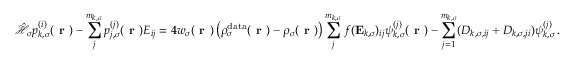
\hat { \mathcal { { H } } } _ { \sigma } p _ { k , \sigma } ^ { ( i ) } ( \boldsymbol { \textbf { r } } ) - \sum _ { j } ^ { m _ { k , \sigma } } p _ { j , \sigma } ^ { ( j ) } ( \boldsymbol { \textbf { r } } ) E _ { i j } = 4 w _ { \sigma } ( \boldsymbol { \textbf { r } } ) \left( \rho _ { \sigma } ^ { \mathrm { d a t a } } ( \boldsymbol { \textbf { r } } ) - \rho _ { \sigma } ( \boldsymbol { \textbf { r } } ) \right) \sum _ { j } ^ { m _ { k , \sigma } } f ( \mathbf { E } _ { k , \sigma } ) _ { i j } \psi _ { k , \sigma } ^ { ( j ) } ( \boldsymbol { \textbf { r } } ) - \sum _ { j = 1 } ^ { m _ { k , \sigma } } ( D _ { k , \sigma , i j } + D _ { k , \sigma , j i } ) \psi _ { k , \sigma } ^ { ( j ) } \, .